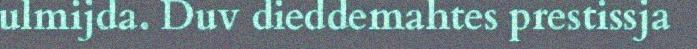
ulmijda. Duv dieddemahtes prestissja